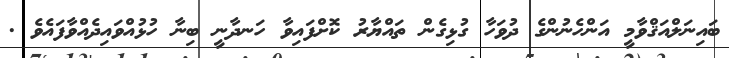
ބައިނަލްއަޤްވާމީ އަންހެނުންގެ ދުވަހާ ގުޅިގެން ތައްޔާރު ކޮށްފައިވާ ހަނދާނީ ބިނާ ހުޅުއްވައިދެއްވާފައެވެ .